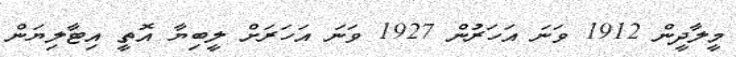
މީލާދީން 1912 ވަނަ އަހަރުން 1927 ވަނަ އަހަރަށް ލީބިޔާ އޮތީ އިޓާލިޔަން